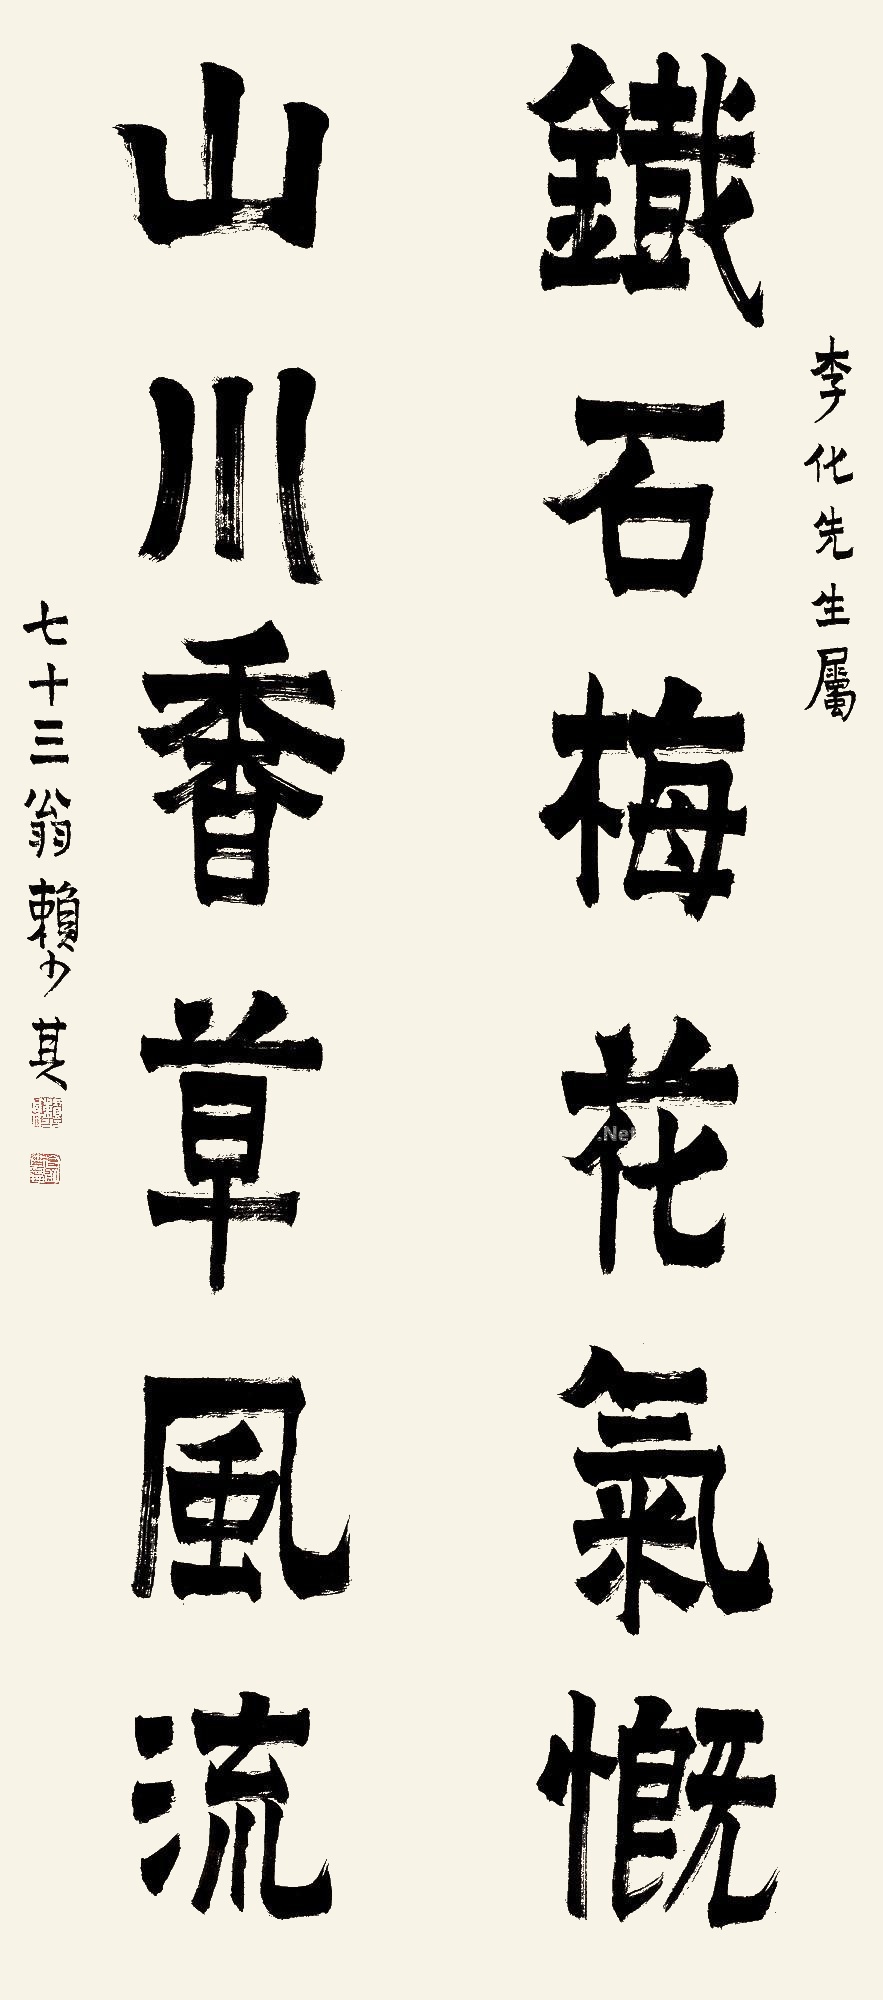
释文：铁石梅花气概，山川香草风流。李化先生属，七十三翁赖少其。